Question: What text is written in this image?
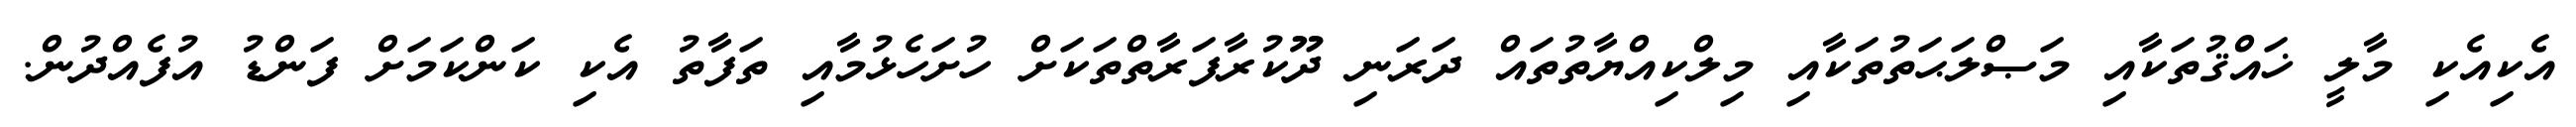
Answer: އެކިއެކި މާލީ ޚައްޤުތަކާއި މަޞްލަޙަތުތަކާއި މިލްކިއްޔާތުތައް ދަރަނި ދޫކުރާފަރާތްތަކަށް ހުށަހެޅުމާއި ތަފާތު އެކި ކަންކަމަށް ފަންޑު އުފެއްދުން.